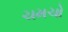
ચમચો